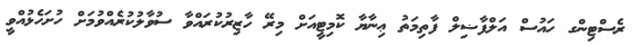
ރެސްޓިންގ ހައުސް އަލްފާޟިލް ފާތިމަތު ޢިނާޔާ ކޮމިޓީއަށް މިރޭ ހާޒިރުކުރައްވާ ސުވާލުކުރެއްވުމަށް ހުށަހެޅުއްވީ